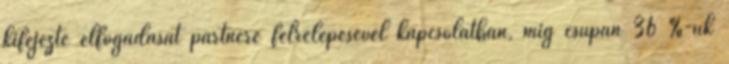
kifejezte elfogadását partnere félrelépésével kapcsolatban, míg csupán 36 %-uk